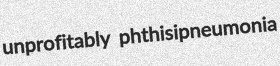
unprofitably phthisipneumonia